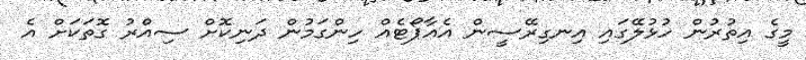
މީގެ އިތުރުން ހުޅުލޭގައި އިނގިރޭސީން އެއާޕޯޓެއް ހިންގަމުން ދަނިކޮށް ސިއްރު ގޮތަކަށް އެ